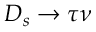
D _ { s } \to \tau \nu